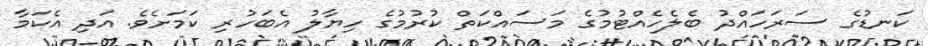
ކަނޑުގެ ސަރަހައްދު ބެލެހެއްޓުމުގެ މަސައްކަތް ކުރުމުގެ ހިޔާލު އެބަހުރި ކަމަށެވެ. އަދި އެކަމާ